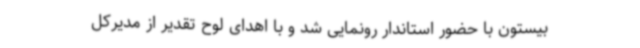
بیستون با حضور استاندار رونمایی شد و با اهدای لوح تقدیر از مدیرکل